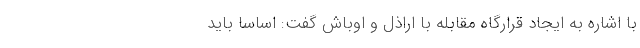
با اشاره به ایجاد قرارگاه مقابله با اراذل و اوباش گفت: اساسا باید